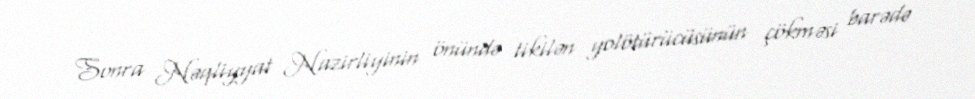
Sonra Nəqliyyat Nazirliyinin önündə tikilən yolötürücüsünün çökməsi barədə